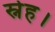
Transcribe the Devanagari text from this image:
स्नेह।